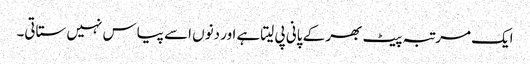
ایک مرتبہ پیٹ بھر کے پانی پی لیتاہے اور دنوں اسے پیاس نہیں ستاتی۔